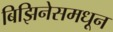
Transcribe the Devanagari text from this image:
बिझिनेसमधून